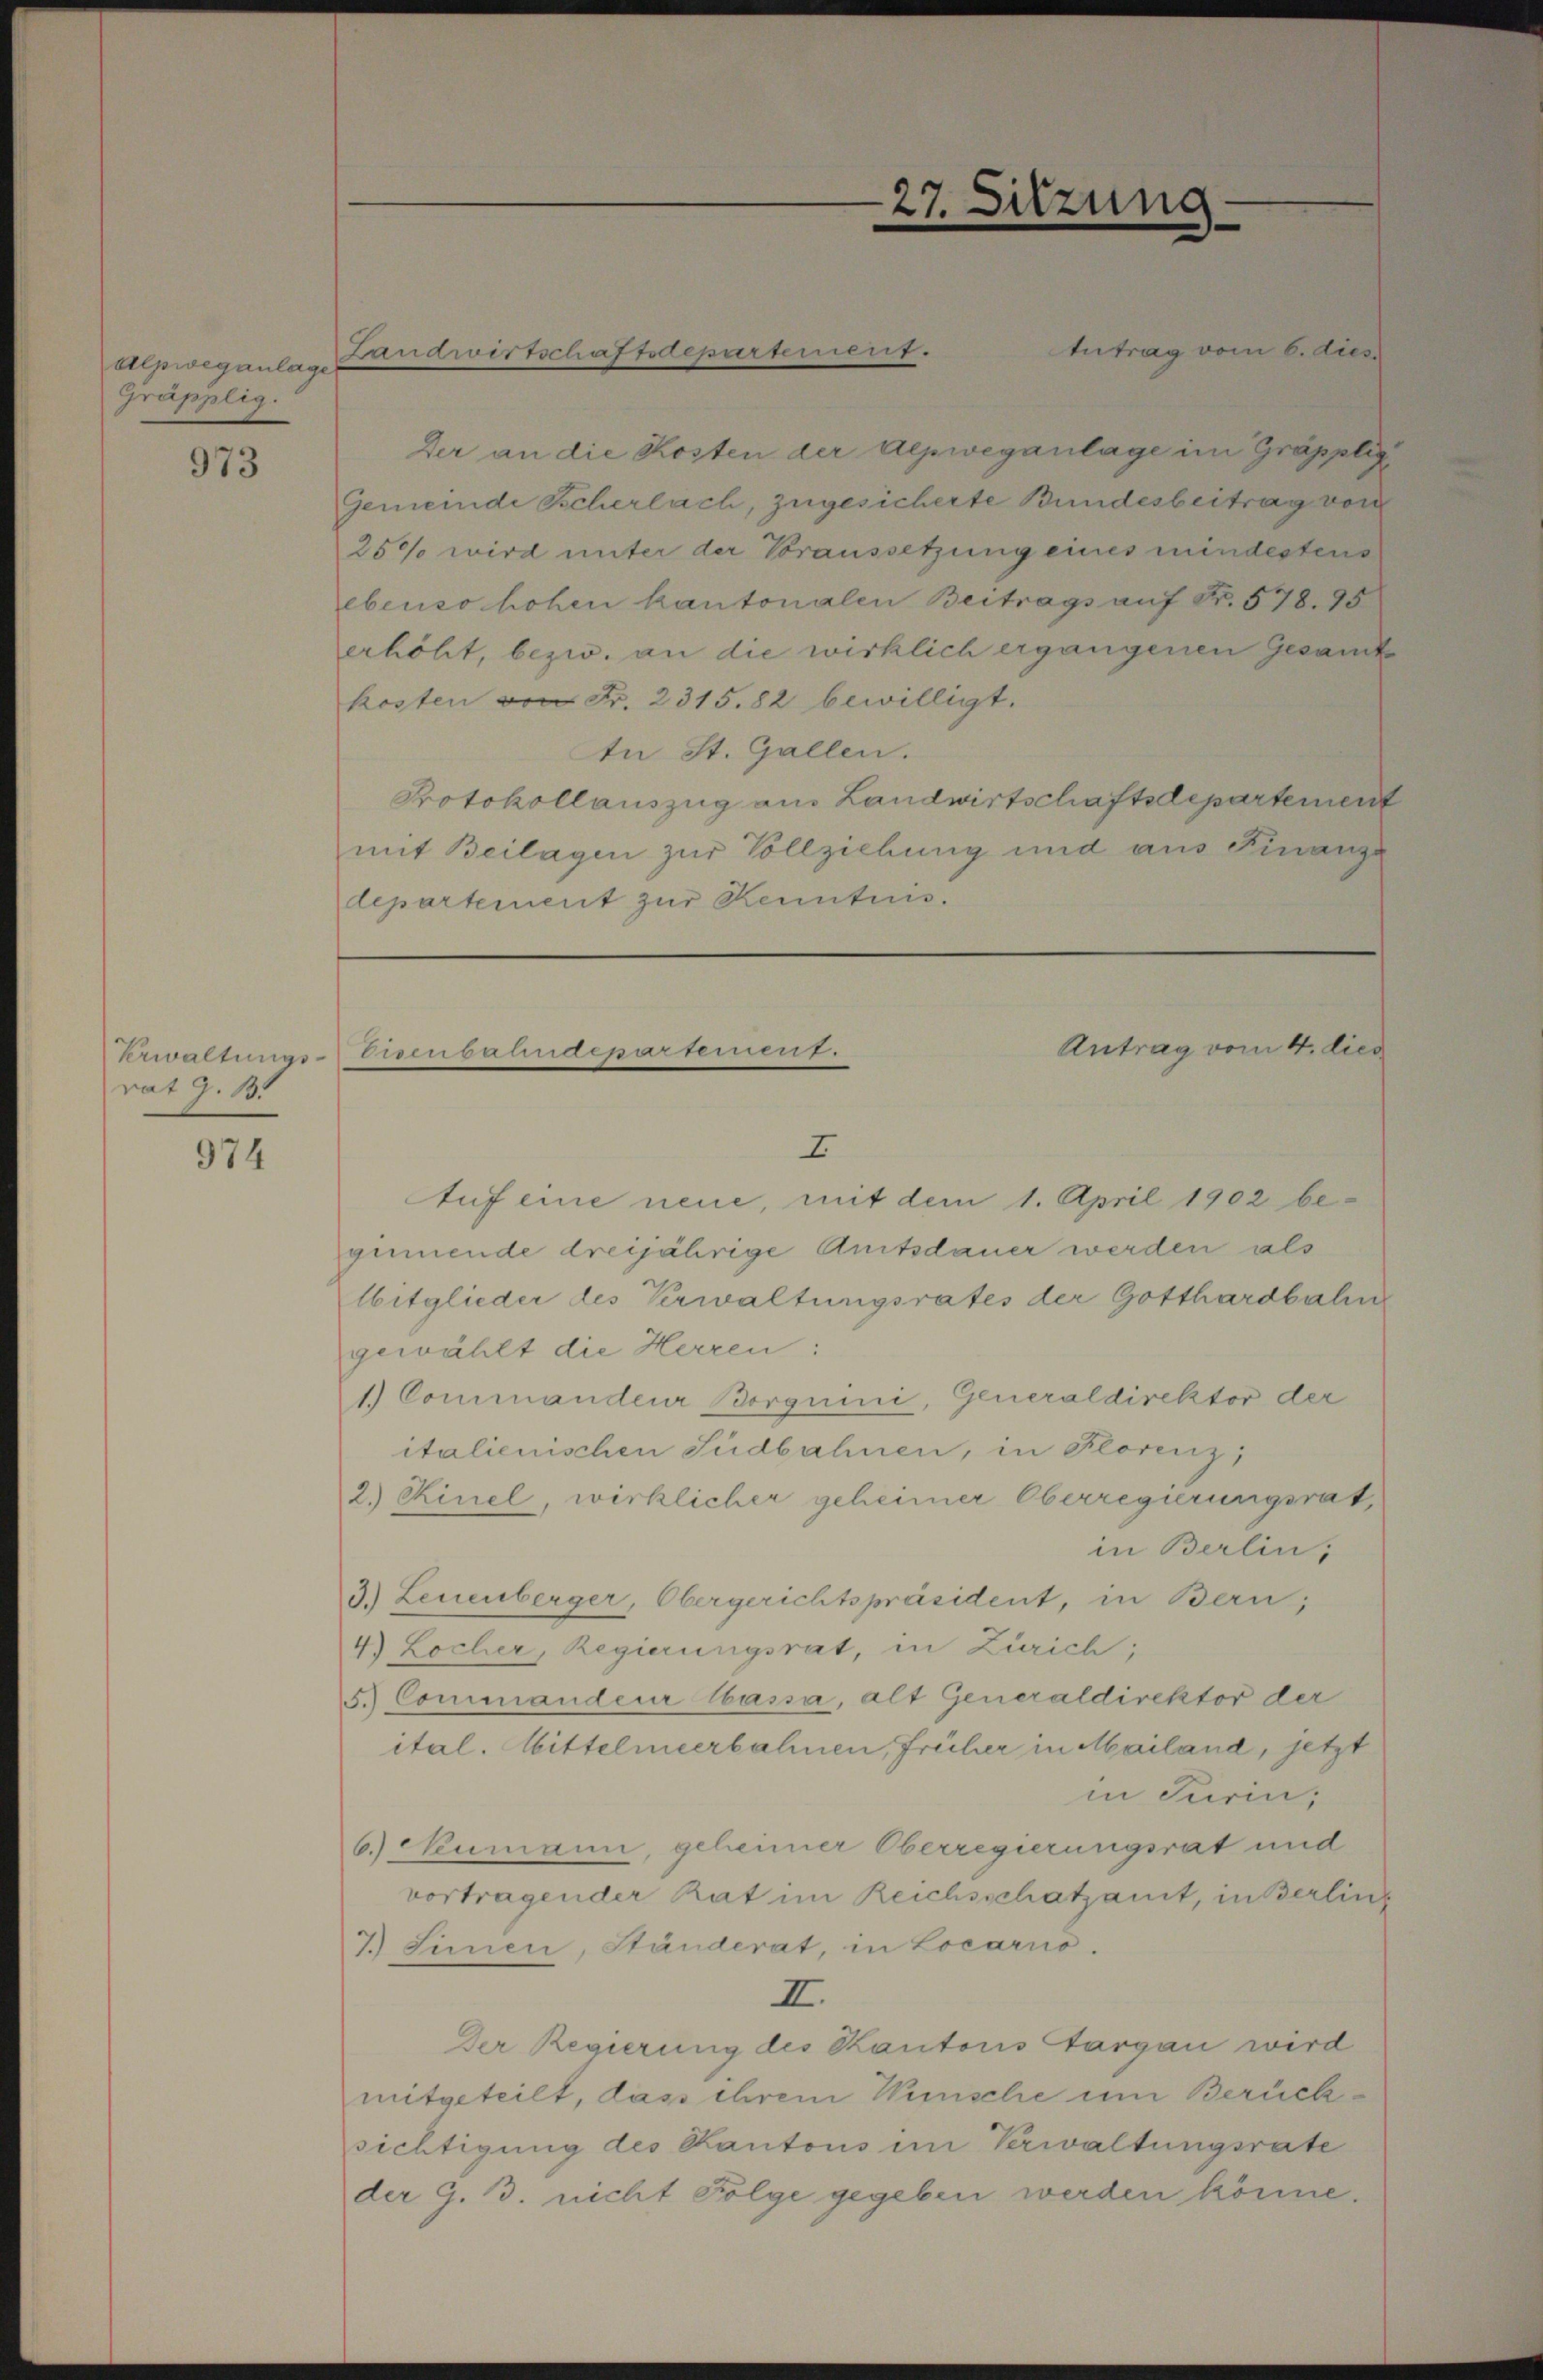
Alpweganlage
Gräpplig.

973

rat J. B.

974

Landwirtschafsdepartement.

Erwaltungs-Eisenbahndepartement.

27. Sitzung

Antrag vom 6. dies
Der an die Kosten der Aepweganlage im Gräpplig
Gemeinde Scherlach, zugesicherte Bundesbeitrag von
250 wird unter der Voraussetzung eines mindestens
ebenso hohen kantonalen Beitrags auf Fr. 578. 95
erhöht, bezw. an die wirklich ergangenen Gesamt
kosten von Fr. 2315. 82 bewilligt.
In St. Gallen.
Protokollauszug aus Landwirtschaftsdepartement
mit Beilagen zur Vollziehung und aus Finanze
departement zur Kenntnis.

Antrag vom 4. dies

I
Auf eine neue, mit dem 1. April 1902 be-
ginnende dreijährige Amtsdauer werden als
lbitglieder des Verwaltungsrates der Gotthardbahn
gewählt die Herren:
1.) Commandeur Borgnini, Generaldirektor der
italienischen Südbahnen, in Florenz,
2.) Kinel, wirklicher geheimer Oberregierungsrat,
in Berlin,
3.) Leuenberger, Obergerichtspräsident, in Bern,
4) Locher, Regierungsrat, in Zürich;
5.) Commandeur Cassa, alt Generaldirektor der
ital. Mittelmeerbahnen, früher in Mailand, jetzt
in Turin,
6.) Neumann, geheimer Oberregierungsrat und
vortragender Rat im Reichsschatzamt, in Berling
T. Sinnen, Ständerat, in Locarno.
II.
Der Regierung des Kantons Aargau wird
mitgeteilt, dass ihrem Wünsche um Berücksichtigung des Kantons im Verwaltungsrate
der G. B. nicht Folge gegeben werden könne.